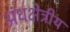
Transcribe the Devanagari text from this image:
अंधक्षेत्रीय